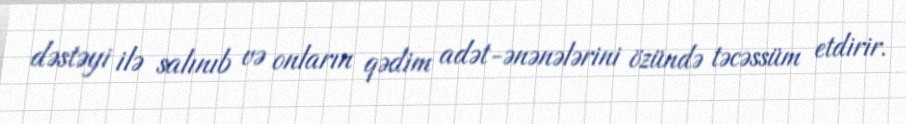
dəstəyi ilə salınıb və onların qədim adət-ənənələrini özündə təcəssüm etdirir.